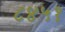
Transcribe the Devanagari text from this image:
८४५१